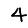
Digit: 4